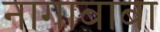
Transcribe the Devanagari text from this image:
नागाबाबा